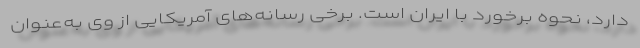
دارد، نحوه برخورد با ایران است. برخی رسانه‌های آمریکایی از وی به‌عنوان